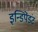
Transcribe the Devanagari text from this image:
इन्डिपेंडंट